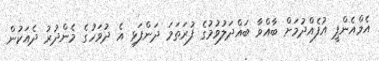
އެމްއެންޕީ އުފެއްދުމަށް ބާއްވާ ބައްދަލުވުމުގެ ފުރަތަމަ ދަންފަޅި އެ ދުވަހުގެ މެންދުރު ދެއަކުން